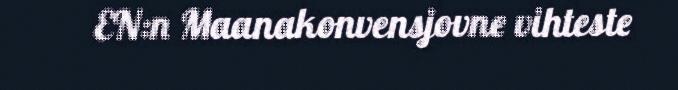
EN:n Maanakonvensjovne vihteste